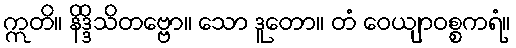
ဣတိ။ နိဒ္ဒိသိတဗ္ဗော။ သော ဒူတော။ တံ ဝေယျာဝစ္စကရံ။